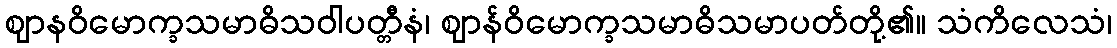
ဈာနဝိမောက္ခသမာဓိသဝါပတ္တီနံ၊ ဈာန်ဝိမောက္ခသမာဓိသမာပတ်တို့၏။ သံကိလေသံ၊